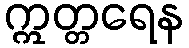
ဣတ္တရေန